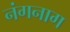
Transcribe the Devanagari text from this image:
नंगनाग